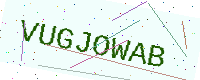
Text: VUGJOWAB